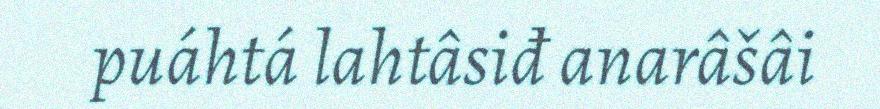
puáhtá lahtâsiđ anarâšâi